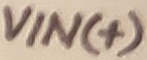
Text: VIN(+)